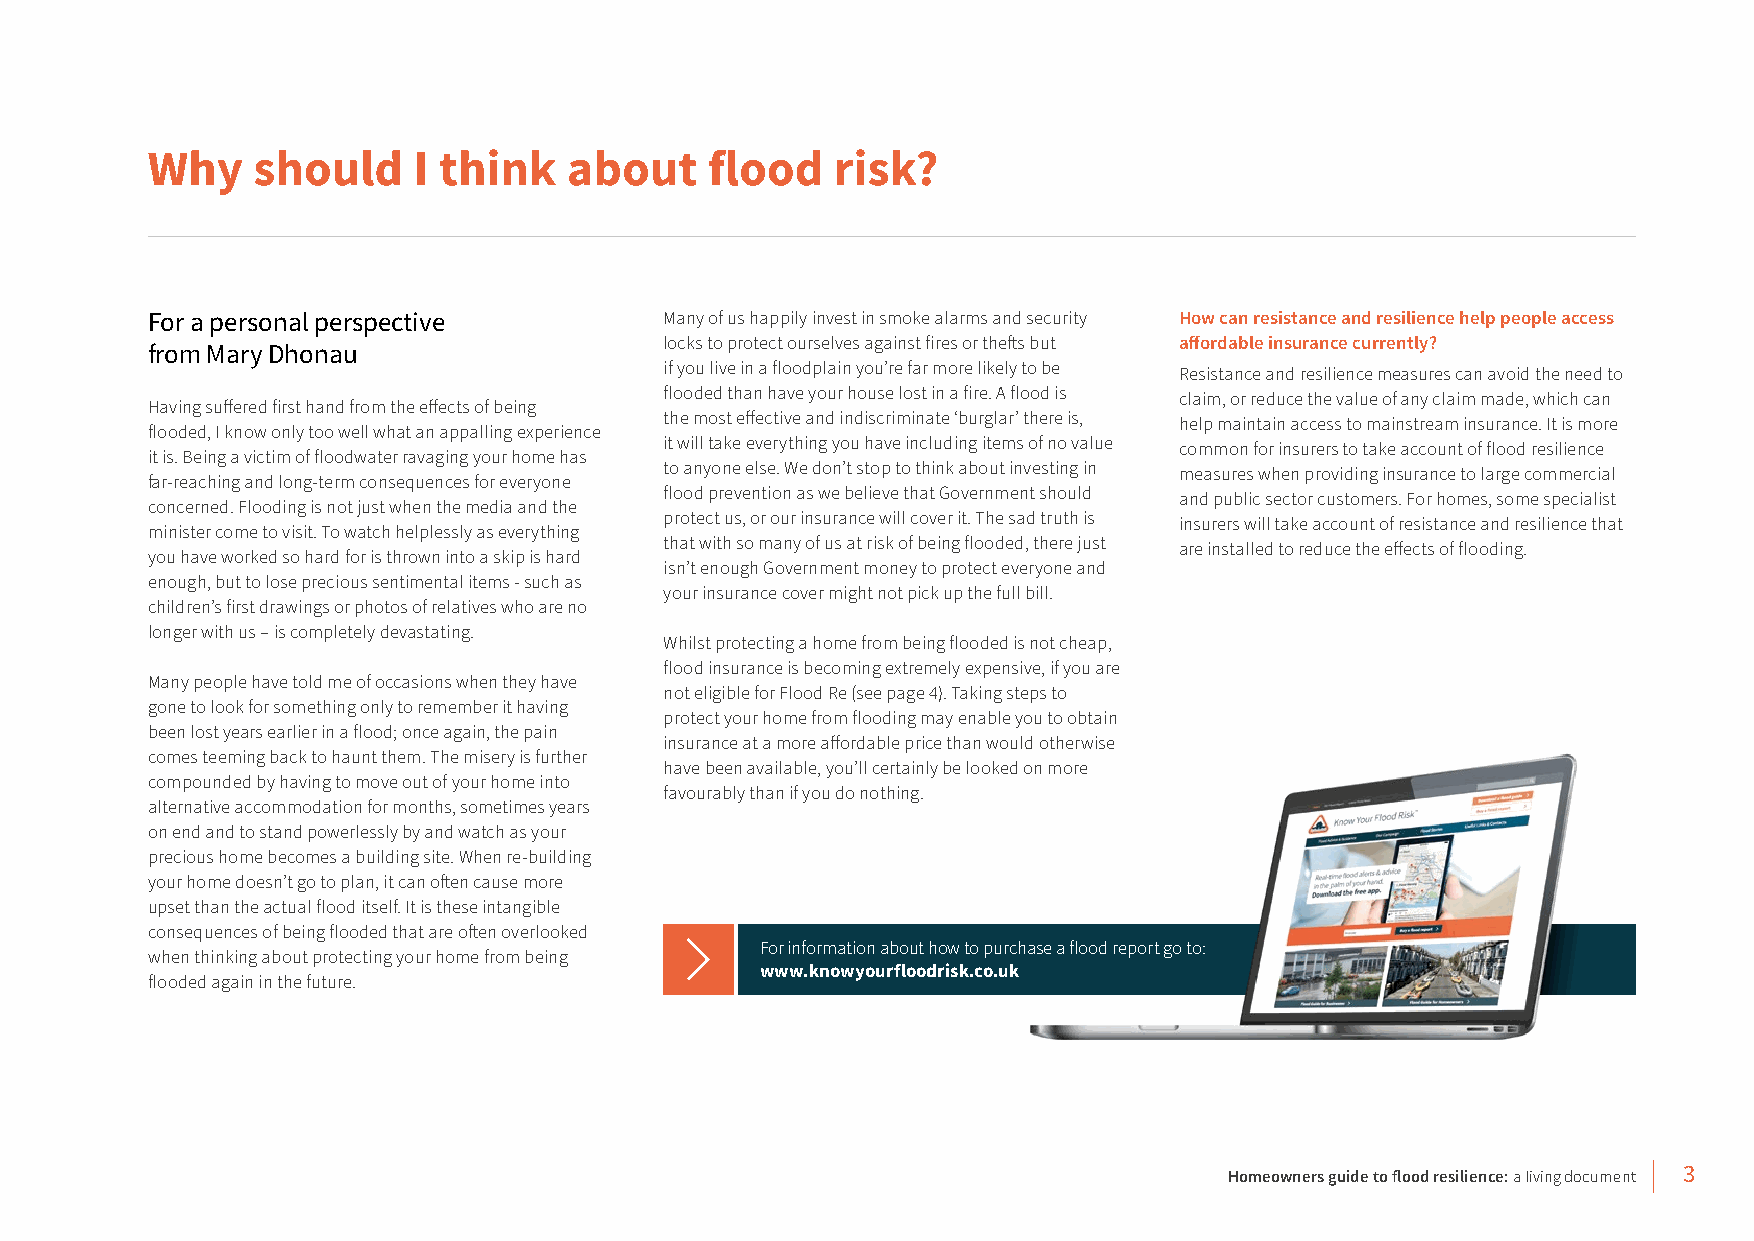
Why    should    I think    about    flood   risk?
 For a personal perspective        Many of us happily invest in smoke alarms and security How can resistance and resilience help people access
 locks to protect ourselves against fires or thefts but affordable insurance currently?
 from Mary Dhonau
 if you live in a floodplain you’re far more likely to be Resistance and resilience measures can avoid the need to
 flooded than have your house lost in a fire. A flood is claim, or reduce the value of any claim made, which can
 Having suffered first hand from the effects of being
 the most effective and indiscriminate ‘burglar’ there is, help maintain access to mainstream insurance. It is more
 flooded, I know only too well what an appalling experience
 it will take everything you have including items of no value common for insurers to take account of flood resilience
 it is. Being a victim of floodwater ravaging your home has
 to anyone else. We don’t stop to think about investing in measures when providing insurance to large commercial
 far-reaching and long-term consequences for everyone
 flood prevention as we believe that Government should and public sector customers. For homes, some specialist
 concerned. Flooding is not just when the media and the
 protect us, or our insurance will cover it. The sad truth is insurers will take account of resistance and resilience that
 minister come to visit. To watch helplessly as everything
 that with so many of us at risk of being flooded, there just are installed to reduce the effects of flooding.
 you have worked so hard for is thrown into a skip is hard
 isn’t enough Government money to protect everyone and
 enough, but to lose precious sentimental items - such as
 your insurance cover might not pick up the full bill.
 children’s first drawings or photos of relatives who are no
 longer with us – is completely devastating.
 Whilst protecting a home from being flooded is not cheap,
 flood insurance is becoming extremely expensive, if you are
 Many people have told me of occasions when they have
 not eligible for Flood Re (see page 4). Taking steps to
 gone to look for something only to remember it having
 protect your home from flooding may enable you to obtain
 been lost years earlier in a flood; once again, the pain
 insurance at a more affordable price than would otherwise
 comes teeming back to haunt them. The misery is further
 have been available, you’ll certainly be looked on more
 compounded by having to move out of your home into
 favourably than if you do nothing.
 alternative accommodation for months, sometimes years
 on end and to stand powerlessly by and watch as your
 precious home becomes a building site. When re-building
 your home doesn’t go to plan, it can often cause more
 upset than the actual flood itself. It is these intangible
 consequences of being flooded that are often overlooked
 For information about how to purchase a flood report go to:
 when thinking about protecting your home from being
 www.knowyourfloodrisk.co.uk
 flooded again in the future.
 Homeowners guide to flood resilience: a living document 3